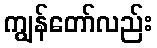
ကျွန်တော်လည်း